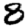
Digit: 8